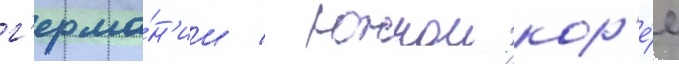
г'ерма́н'ии / южнои кор'е́е